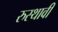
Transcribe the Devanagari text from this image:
रुस्थावी